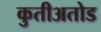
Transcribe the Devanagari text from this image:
कुतीअतोड